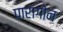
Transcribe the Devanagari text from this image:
पारागोन